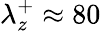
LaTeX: \lambda_{z}^{+}\approx 80